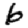
Digit: 6